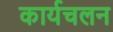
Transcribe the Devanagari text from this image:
कार्यचलन